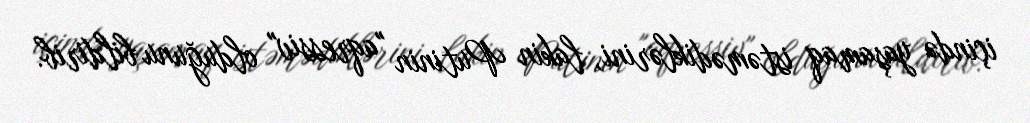
içində yaşamaq istəmədiklərini, lakin Putinin "aqressiv" olduğunu bildirib.